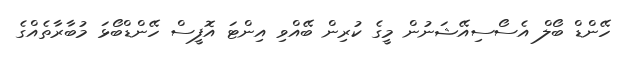
ހޭންޑް ބޯލް އެސޯސިއޭޝަނުން މީގެ ކުރިން ބޭއްވި އިންޓަ އޮފީސް ހޭންޑްބޯޅަ މުބާރާތެއްގެ